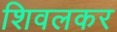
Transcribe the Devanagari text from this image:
शिवलकर